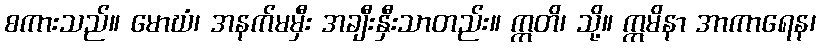
စကားသည်။ မောဃံ၊ အနက်မမှီး အချီးနှီးသာတည်း။ ဣတိ၊ သို့။ ဣမိနာ အာကာရေန၊